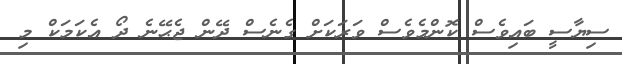
ސިޔާސީ ބައިވެސް ކޮންމެވެސް ވަރަކަށް ގެނެސް ދޭން ޖެޙޭނެ ދޯ އެކަމަކް މި